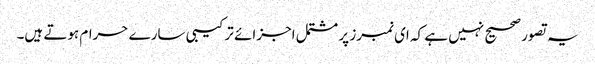
یہ تصور صحیح نہیں ہے کہ ای نمبرز پر مشتمل اجزائے ترکیبی سارے حرام ہوتے ہیں۔